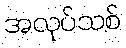
အလုပ်သစ်